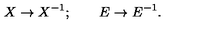
X \rightarrow X ^ { - 1 } ; \qquad E \rightarrow E ^ { - 1 } .